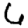
Digit: 6